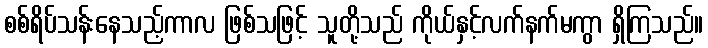
စစ်ရိပ်သန်းနေသည့်ကာလ ဖြစ်သဖြင့် သူတို့သည် ကိုယ်နှင့်လက်နက်မကွာ ရှိကြသည်။